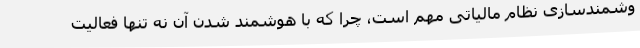
وشمندسازی نظام مالیاتی مهم است، چرا که با هوشمند شدن آن نه تنها فعالیت